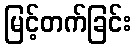
မြင့်တက်ခြင်း